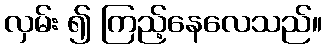
လှမ်း ၍ ကြည့်နေလေသည်။